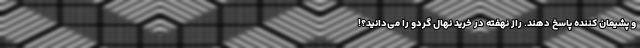
و پشیمان کننده پاسخ دهند. راز نهفته در خرید نهال گردو را می‌دانید؟!